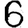
Digit: 6